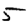
Digit: 5